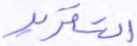
التقرير